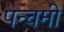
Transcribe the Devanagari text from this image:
पन्चमी